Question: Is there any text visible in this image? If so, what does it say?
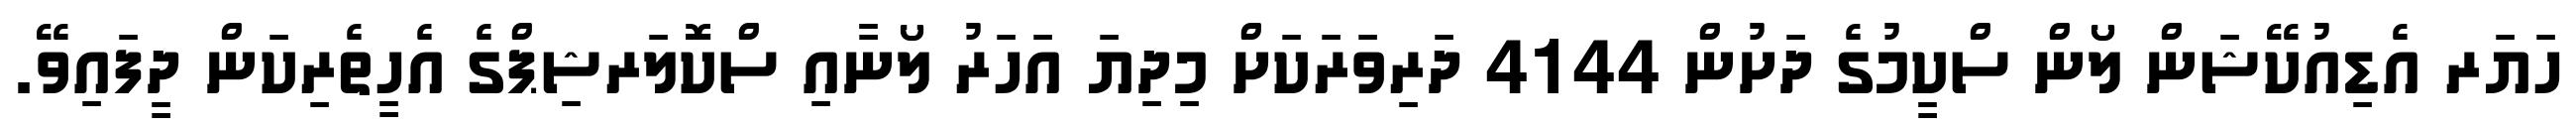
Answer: ހަޔަރ އެޑިއުކޭޝަން ލޯން ސްކީމުގެ ދަށުން 4144 ދަރިވަރަކަށް މިދިޔަ އަހަރު ލޯނާއި ސްކޮލަރޝިޕްގެ އެހީތެރިކަން ދީފައިވޭ.